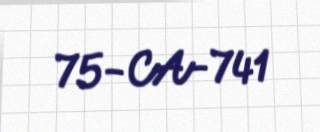
75-CA-741